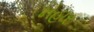
નહાર